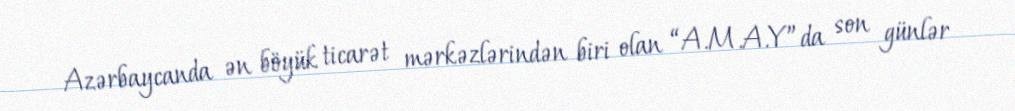
Azərbaycanda ən böyük ticarət mərkəzlərindən biri olan “A.M.A.Y”da son günlər